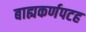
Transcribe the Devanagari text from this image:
बाह्यकर्णपटह